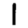
Digit: 1